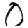
Digit: 0